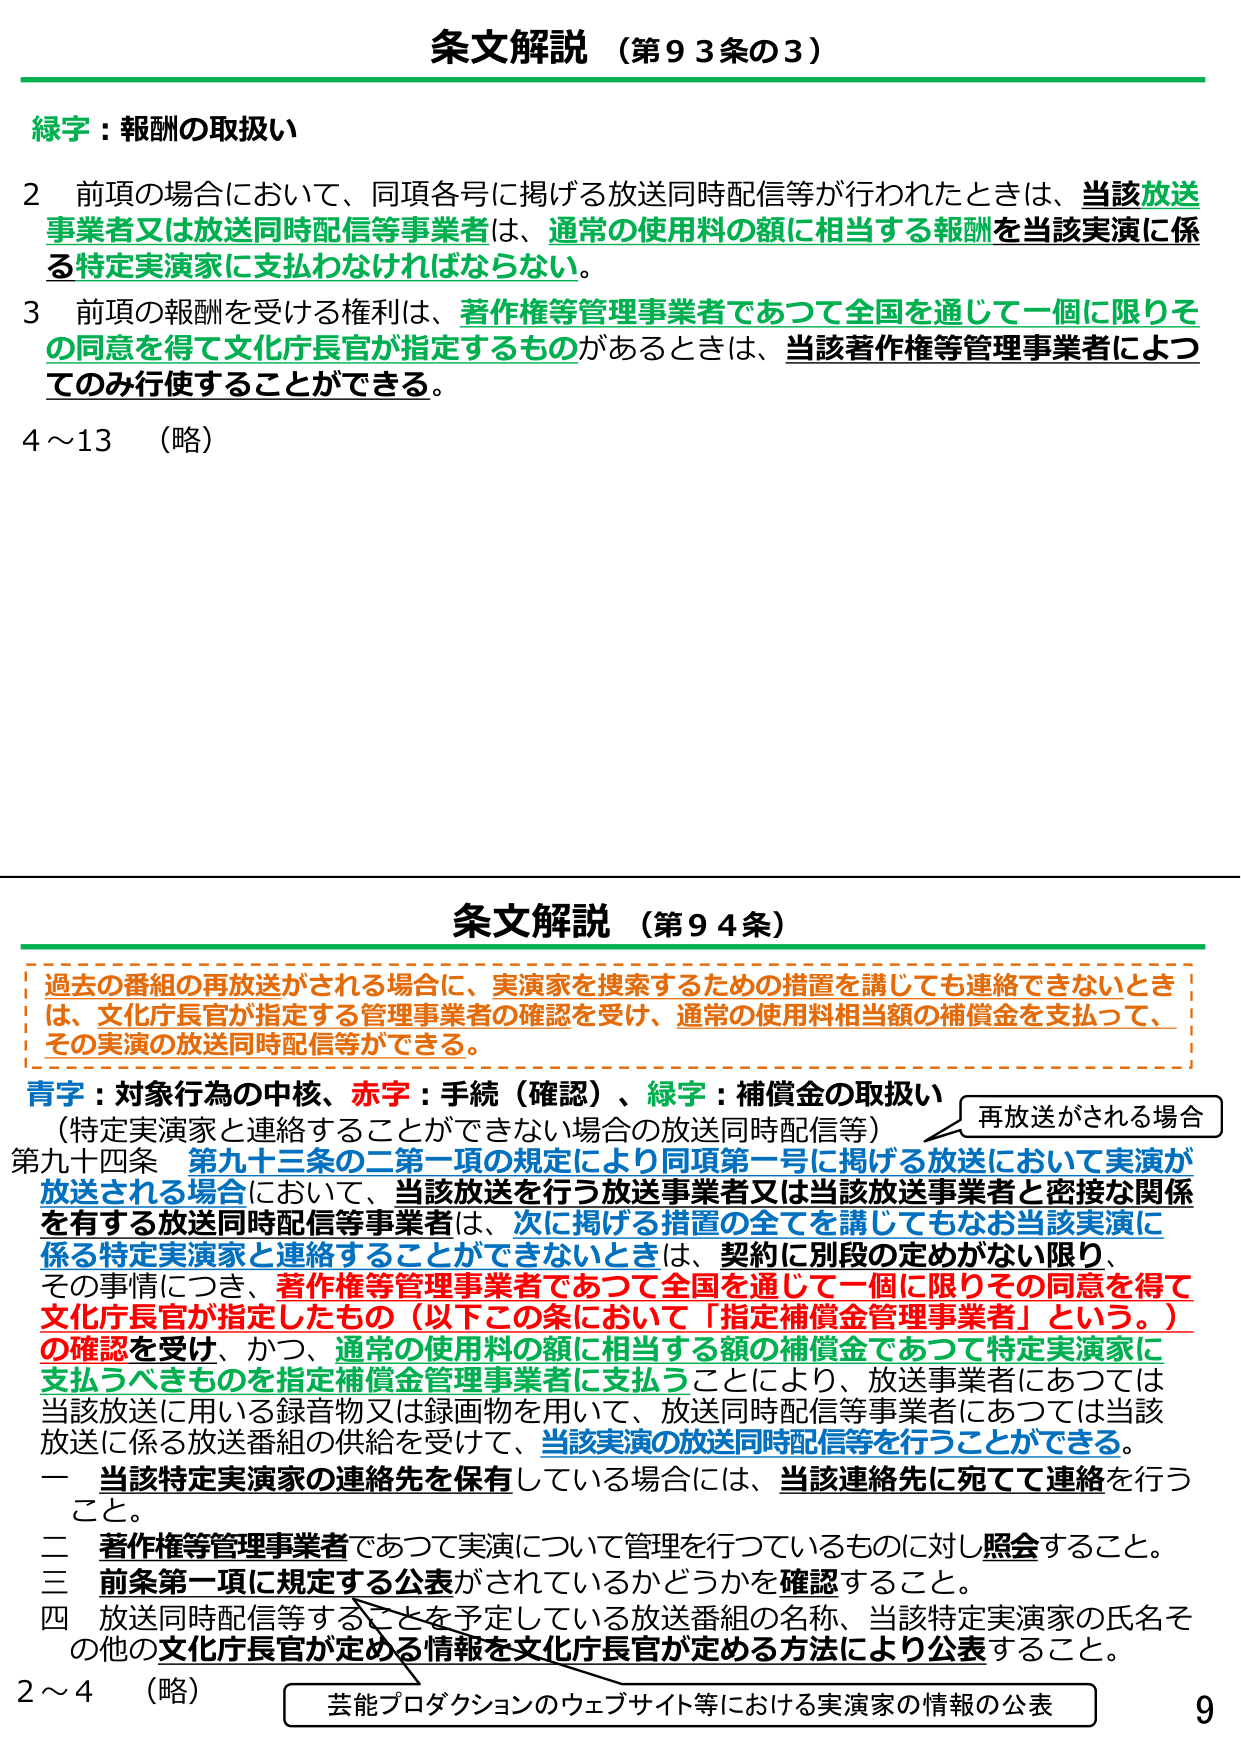
条文解説（第９３条の３）

緑字：報酬の取扱い

２ 前項の場合において、同項各号に掲げる放送同時配信等が行われたときは、当該放送事業者又は放送同時配信等事業者は、通常の使用料の額に相当する報酬を当該実演に係る特定実演家に支払わなければならない。

３ 前項の報酬を受ける権利は、著作権等管理事業者であつて全国を通じて一個に限りその同意を得て文化庁長官が指定するものがあるときは、当該著作権等管理事業者によつてのみ行使することができる。

４～13 （略）

条文解説（第９４条）

過去の番組の再放送がされる場合に、実演家を捜索するための措置を講じても連絡できないときは、文化庁長官が指定する管理事業者の確認を受け、通常の使用料相当額の補償金を支払つて、その実演の放送同時配信等ができる。

青字：対象行為の中核、赤字：手続（確認）、緑字：補償金の取扱い
（特定実演家と連絡することができない場合の放送同時配信等）

第九十四条 第九十三条の二第一項の規定により同項第一号に掲げる放送において実演が放送される場合において、当該放送を行う放送事業者又は当該放送事業者と密接な関係を有する放送同時配信等事業者は、次に掲げる措置の全てを講じてもなお当該実演に係る特定実演家と連絡することができないときは、契約に別段の定めがない限り、その事情につき、著作権等管理事業者であつて全国を通じて一個に限りその同意を得て文化庁長官が指定したもの（以下この条において「指定補償金管理事業者」という。）の確認を受け、かつ、通常の使用料の額に相当する額の補償金であつて特定実演家に支払うべきものを指定補償金管理事業者に支払うことにより、放送事業者にあつては当該放送に用いる録音物又は録画物を用いて、放送同時配信等事業者にあつては当該放送に係る放送番組の供給を受けて、当該実演の放送同時配信等を行うことができる。

一 当該特定実演家の連絡先を保有している場合には、当該連絡先に宛てて連絡を行うこと。

二 著作権等管理事業者であつて実演について管理を行つているものに対し照会すること。

三 前条第一項に規定する公表がされているかどうかを確認すること。

四 放送同時配信等することを予定している放送番組の名称、当該特定実演家の氏名その他の文化庁長官が定める情報を文化庁長官が定める方法により公表すること。

２～４ （略）

再放送がされる場合

芸能プロダクションのウェブサイト等における実演家の情報の公表

9